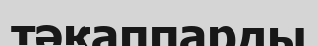
тәкаппарды